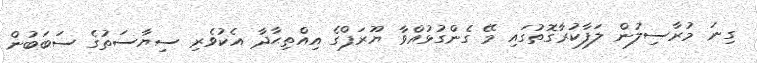
ގިނަ މުރާސިލުން ލަފާކުރާގޮތުގައި މޭ ގެންގުޅުއްވާ ޔޫރަޕްގެ އިއްތިޙާދާ އެކުވެރި ސިޔާސަތުގެ ސަބަބުން